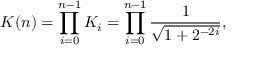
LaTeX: K ( n ) = \prod _ { i = 0 } ^ { n - 1 } K _ { i } = \prod _ { i = 0 } ^ { n - 1 } { \frac { 1 } { \sqrt { 1 + 2 ^ { - 2 i } } } } ,